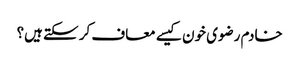
خادم رضوی خون کیسے معاف کر سکتے ہیں؟